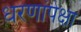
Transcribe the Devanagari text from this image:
धरणांपेक्षा